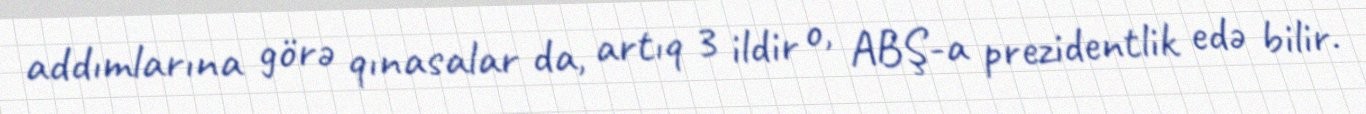
addımlarına görə qınasalar da, artıq 3 ildir o, ABŞ-a prezidentlik edə bilir.